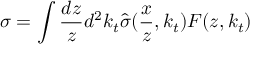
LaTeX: \sigma = \int \frac { d z } { z } d ^ { 2 } k _ { t } \hat { \sigma } ( \frac { x } { z } , k _ { t } ) { \cal F } ( z , k _ { t } )